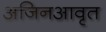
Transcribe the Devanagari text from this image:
अजिनआवृत